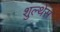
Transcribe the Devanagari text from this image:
शुल्थेस